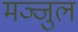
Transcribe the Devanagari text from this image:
मञ्जुल